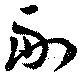
副